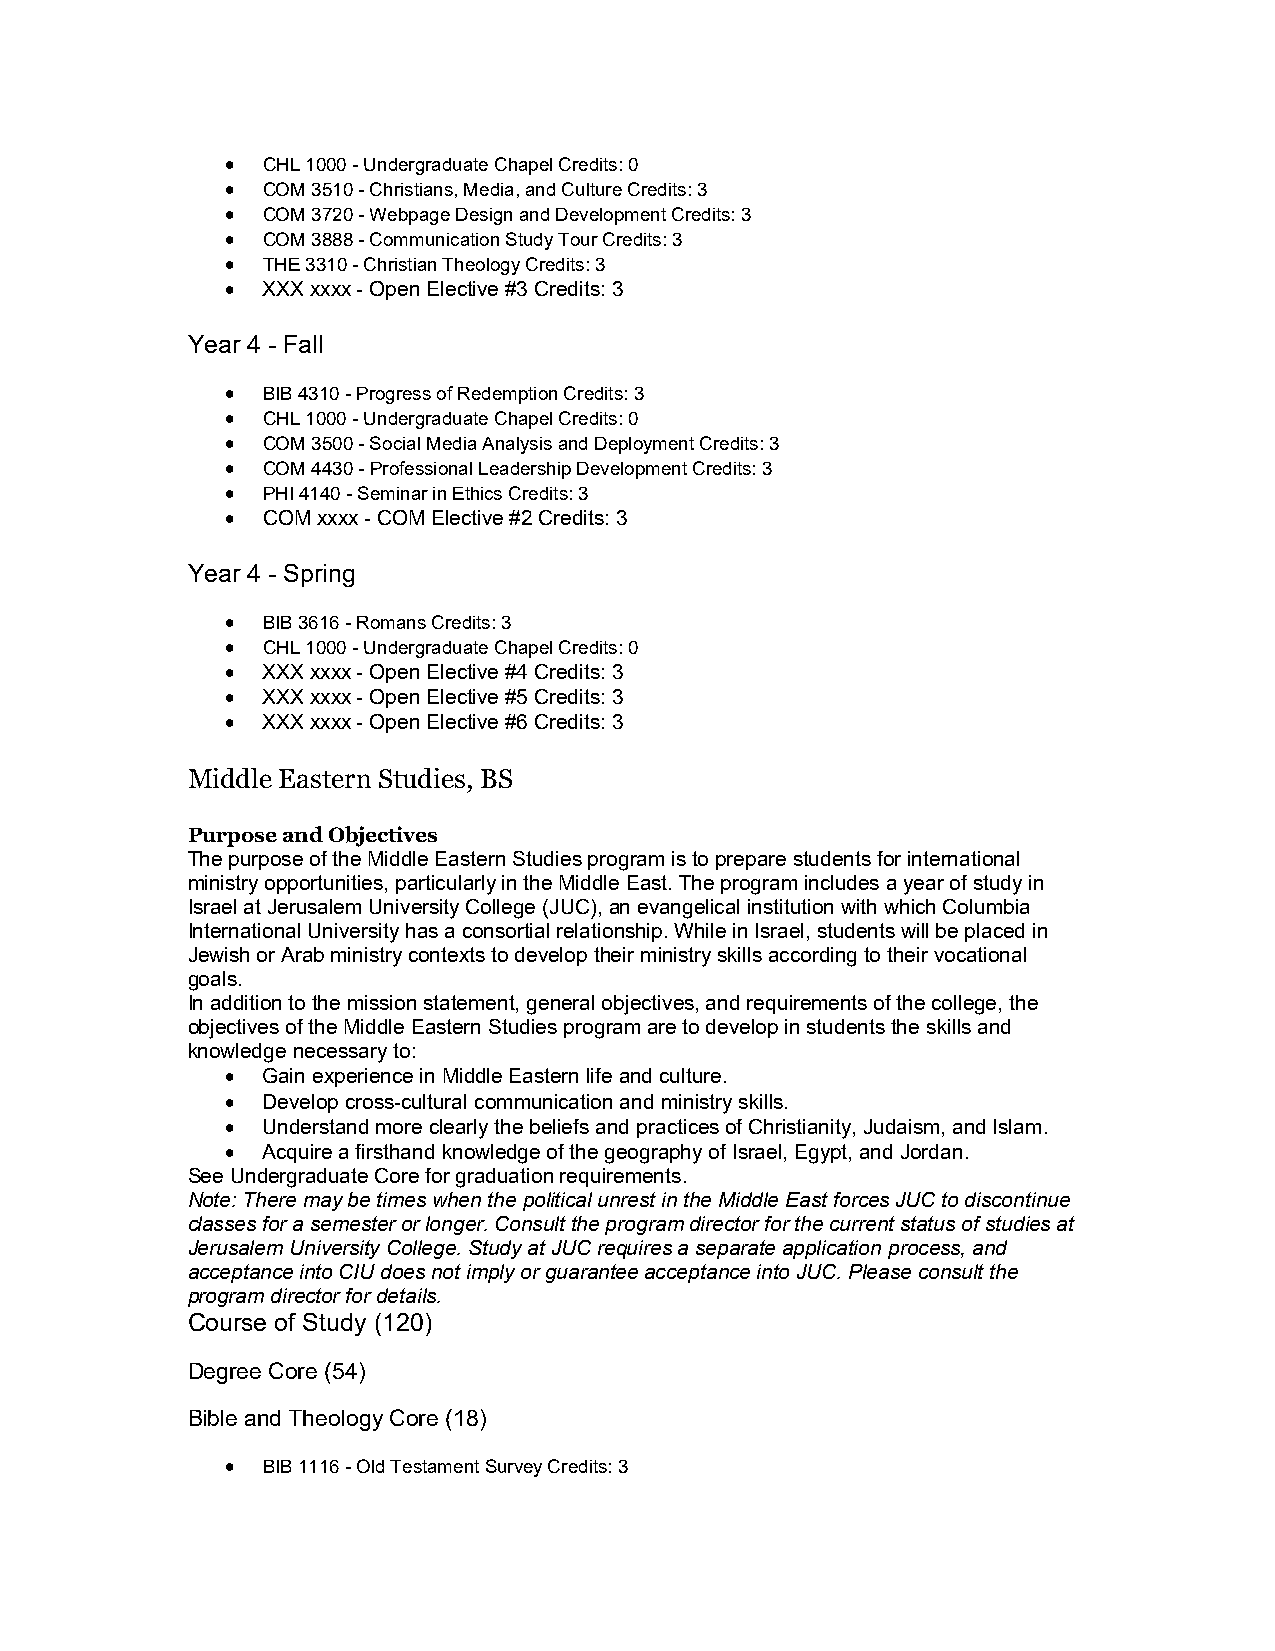
 CHL 1000 - Undergraduate Chapel Credits: 0
  COM 3510 - Christians, Media, and Culture Credits: 3
  COM 3720 - Webpage Design and Development Credits: 3
  COM 3888 - Communication Study Tour Credits: 3
  THE 3310 - Christian Theology Credits: 3
  XXX xxxx - Open Elective #3 Credits: 3
 Year 4 - Fall
  BIB 4310 - Progress of Redemption Credits: 3
  CHL 1000 - Undergraduate Chapel Credits: 0
  COM 3500 - Social Media Analysis and Deployment Credits: 3
  COM 4430 - Professional Leadership Development Credits: 3
  PHI 4140 - Seminar in Ethics Credits: 3
  COM xxxx - COM Elective #2 Credits: 3
 Year 4 - Spring
  BIB 3616 - Romans Credits: 3
  CHL 1000 - Undergraduate Chapel Credits: 0
  XXX xxxx - Open Elective #4 Credits: 3
  XXX xxxx - Open Elective #5 Credits: 3
  XXX xxxx - Open Elective #6 Credits: 3
 Middle Eastern Studies, BS
 Purpose and Objectives
 The purpose of the Middle Eastern Studies program is to prepare students for international
 ministry opportunities, particularly in the Middle East. The program includes a year of study in
 Israel at Jerusalem University College (JUC), an evangelical institution with which Columbia
 International University has a consortial relationship. While in Israel, students will be placed in
 Jewish or Arab ministry contexts to develop their ministry skills according to their vocational
 goals.
 In addition to the mission statement, general objectives, and requirements of the college, the
 objectives of the Middle Eastern Studies program are to develop in students the skills and
 knowledge necessary to:
  Gain experience in Middle Eastern life and culture.
  Develop cross-cultural communication and ministry skills.
  Understand more clearly the beliefs and practices of Christianity, Judaism, and Islam.
  Acquire a firsthand knowledge of the geography of Israel, Egypt, and Jordan.
 See Undergraduate Core for graduation requirements.
 Note: There may be times when the political unrest in the Middle East forces JUC to discontinue
 classes for a semester or longer. Consult the program director for the current status of studies at
 Jerusalem University College. Study at JUC requires a separate application process, and
 acceptance into CIU does not imply or guarantee acceptance into JUC. Please consult the
 program director for details.
 Course of Study (120)
 Degree Core (54)
 Bible and Theology Core (18)
  BIB 1116 - Old Testament Survey Credits: 3